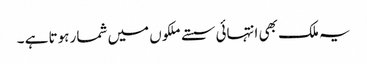
یہ ملک بھی انتہائی سستے ملکوں میں شمار ہوتا ہے ۔